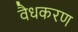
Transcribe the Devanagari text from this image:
वैधकरण